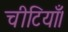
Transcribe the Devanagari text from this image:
चीटियाँ।